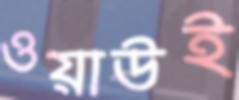
ওয়াউই